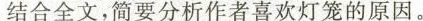
结合全文，简要分析作者喜欢灯笼的原因。